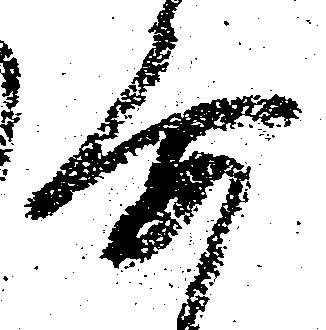
要